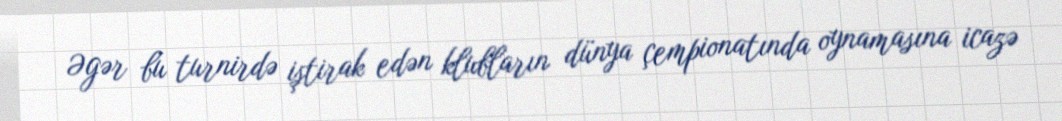
Əgər bu turnirdə iştirak edən klubların dünya çempionatında oynamasına icazə